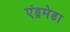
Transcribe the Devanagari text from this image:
एंड्रमेडा